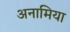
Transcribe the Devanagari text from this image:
अनामिया